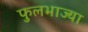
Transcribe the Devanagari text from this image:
फुलभाज्या